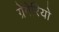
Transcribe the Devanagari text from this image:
ग्रेगेरियो